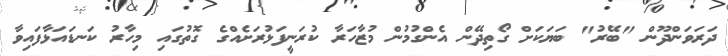
ދަރަވަންދޫން "ބޭރު" ބަޔަކަށް ގޯތިދޭން އެންގުމުން މުޒާހަރާ ކުރަނީފަޅުރަށެއްގެ ގޮތުގައި މިހާރު ކަނޑައަޅާފައިވާ